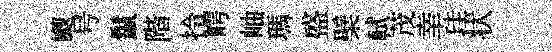
颼号鬣階拎崿岫瑪盛檗軾茂𦍒珪状